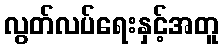
လွတ်လပ်ရေးနှင့်အတူ